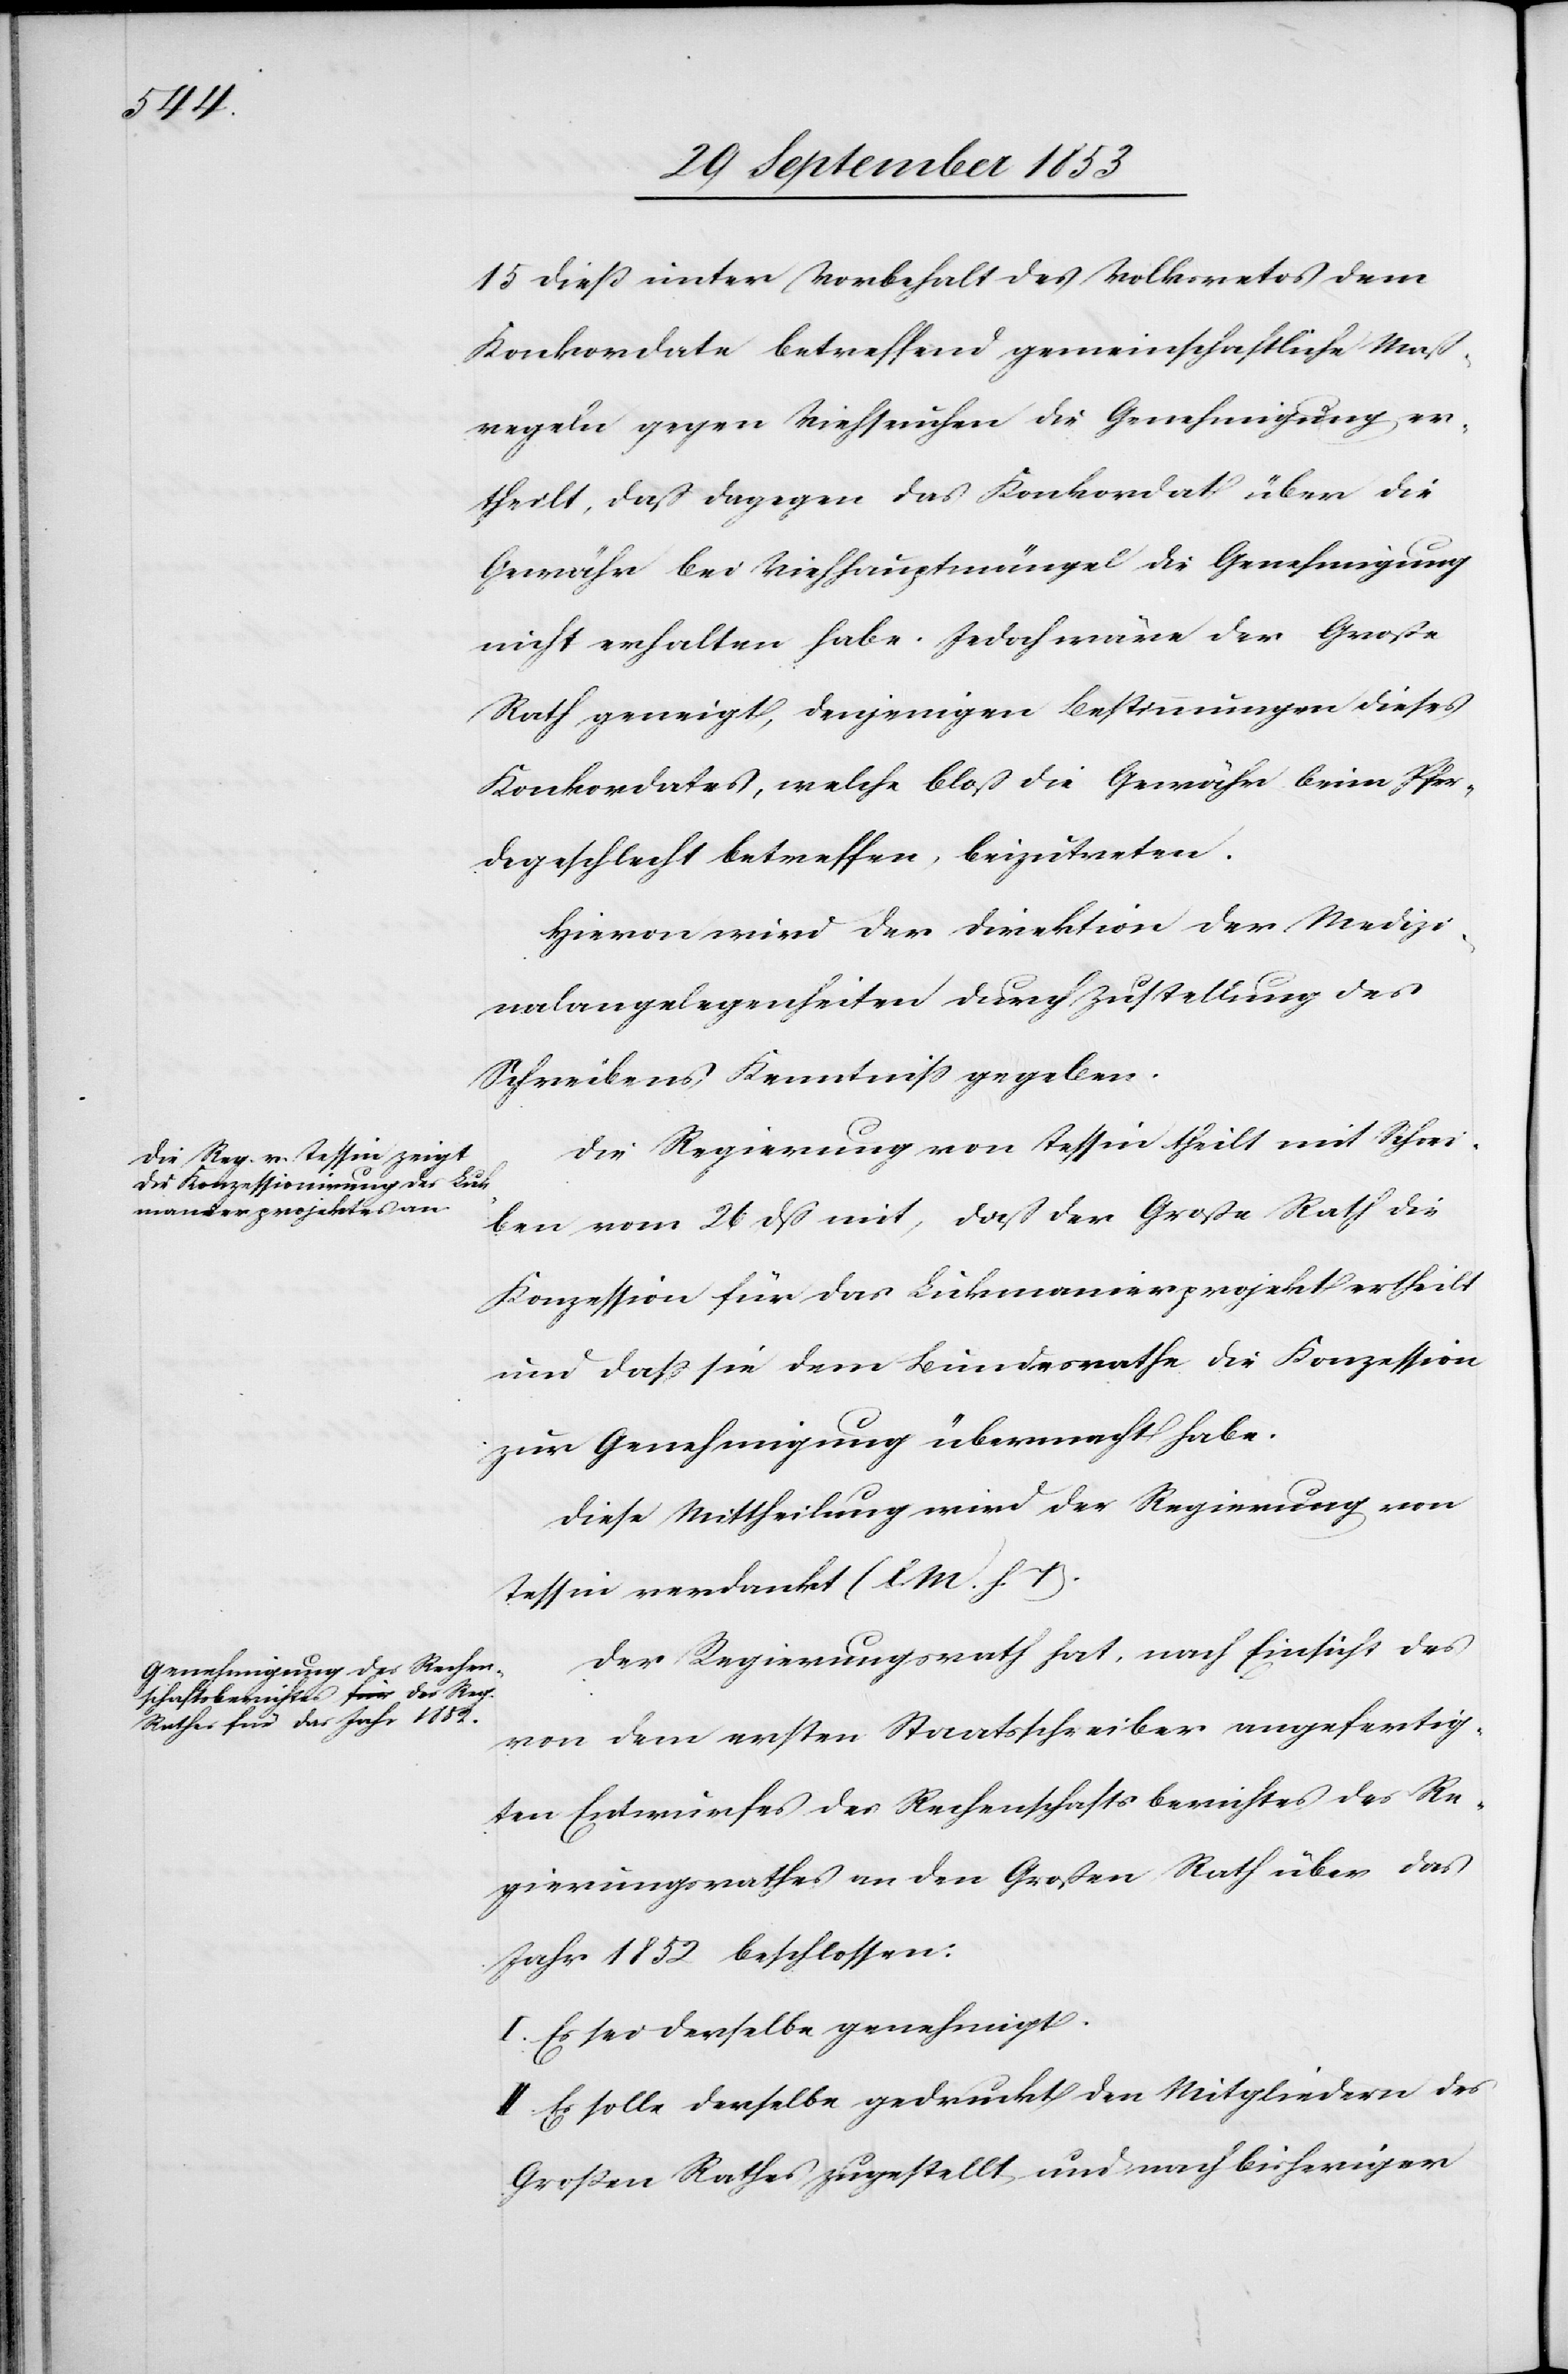
15 dieß unter Vorbehalt des Volkvetos dem
Konkordate betreffend gemeinschaftliche Maß¬
regeln gegen Viehseuchen die Genehmigung er¬
theilt, daß dagegen das Konkordat über die
Gewähr bei Viehhauptmängel die Genehmigung
nicht erhalten habe. Jedoch wäre der Große
Rathe geneigt, denjenigen Bestimmungen dieses
Konkordates, welche bloß die Gewähr beim Pfer¬
degeschlecht betreffen, beizutreten.
Hievon wird der Direktion der Medizi¬
nalangelegenheiten durch Zustellung des
Schreibens Kenntniß gegeben.
Die Regierung von Tessin theilt mit Schrei¬
ben vom 26 dß mit, daß der Große Rath die
Konzession für das Lukmanierprojekt ertheilt
und daß sie dem Bundesrathe die Konzession
zur Genehmigung übermacht habe.
Diese Mittheilung wird der Regierung von
Tessin verdankt [l. M. h. T].
Der Regierungsrath hat, nach Einsicht des
von dem ersten Staatsschreiber angefertig¬
ten Entwurfes des Rechenschaftsberichtes des Re¬
gierungsrathes an den Großen Rath über das
Jahr 1852 beschlossen:
I. Es sei derselbe genehmigt.
II. Es solle derselbe gedruckt den Mitgliedern des
Großen Rathes zugestellt und nach bisheriger